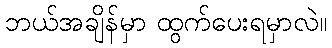
ဘယ်အချိန်မှာ ထွက်ပေးရမှာလဲ။